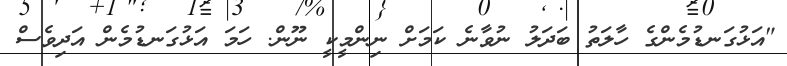
"އަޅުގަނޑުމެންގެ ހާލަތު ބަދަލު ނުވާނެ ކަމަށް ނިންމީކީ ނޫން. ހަމަ އަޅުގަނޑުމެން އަދިވެސް